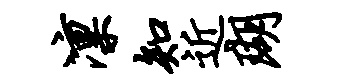
凛知近瑚